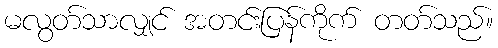
မလွတ်သာလျှင် အတင်းပြန်ကိုက် တတ်သည်။